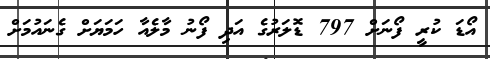
އޯޑަ ކުރީ ފޯނަށް 797 ޑޮލަރުގެ އަދި ފޯނު މާލެއާ ހަމަޔަށް ގެނައުމަށް